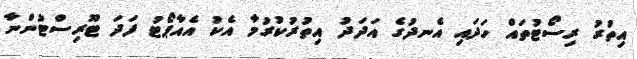
އިތުރު ރިސޯޓުތައް ހަދައި އެނދުގެ އަދަދު އިތުރުކުރުމާ އެކު އެއާޕޯޓު ފަދަ ޓޫރިސްޓުންނާ